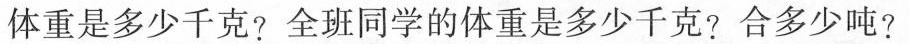
体重是多少千克?全班同学的体重是多少千克?合多少吨?